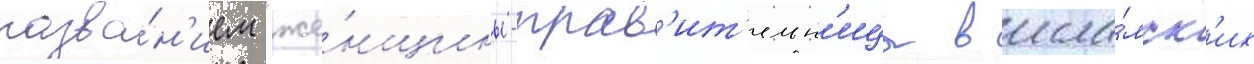
назва́н'ием "же́нщины-прав'ит'ельн'ицы в исла́мск'их